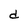
Character: d